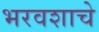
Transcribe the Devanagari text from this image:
भरवशाचे